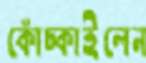
কোঁচ্‌কাইলেন